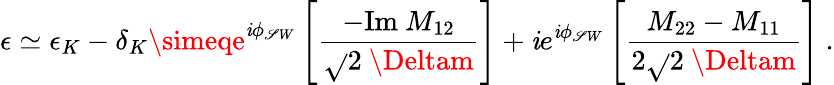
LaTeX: \epsilon\simeq\epsilon_{K}-\delta_{K}\simeqe^{\mathit{i}\phi_{\mathscr{S}W}}\left[\frac{{-\mathrm{{Im}}~M_{12}}}{{\sqrt{}{{2}}~\Deltam}}\right]+\mathit{i}e^{\mathit{i}\phi_{\mathscr{S}W}}\left[\frac{{M_{22}-M_{11}}}{{2\sqrt{}{{2}}~\Deltam}}\right]~.